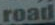
road